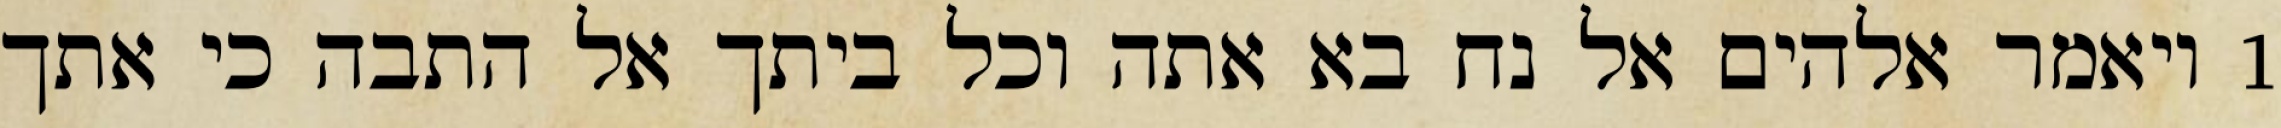
1 ויאמר אלהים אל נח בא אתה וכל ביתך אל התבה כי אתך